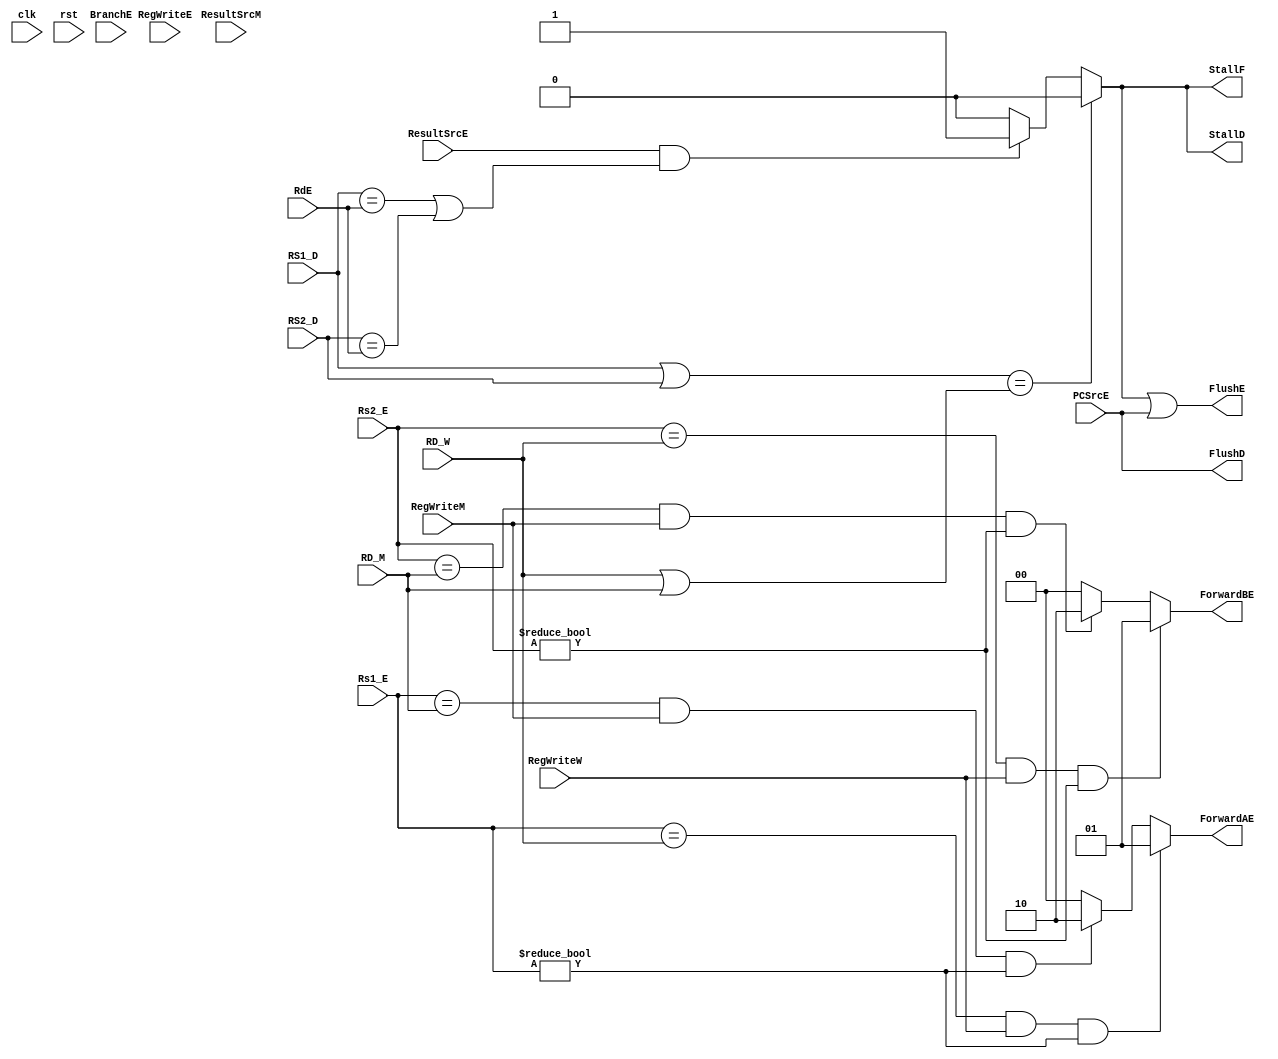
// This program was cloned from: https://github.com/theuppercaseguy/FYP--Risc-V-32-bit-Matrix-Mac
// License: GNU General Public License v3.0

`timescale 1ns/1ns

module hazard_unit (
    input clk, rst,
    input      [4:0] Rs1_E,
    input      [4:0] Rs2_E,
    input      [4:0] RD_M,
    input      [4:0] RD_W,
    input      [4:0] RS1_D,
    input      [4:0] RS2_D,
    input      [4:0] RdE,
    input            BranchE,
    
    input            ResultSrcE,
    input            ResultSrcM,
    input            RegWriteE,
    input            RegWriteM,
    input            RegWriteW,
    input            PCSrcE,
    
    output /*reg*/       StallF,
    output /*reg*/       StallD,
    output        FlushE,
    output        FlushD,
    output reg [1:0] ForwardAE,
    output reg [1:0] ForwardBE
    );
    wire lwStall, branchStall;
    
    reg [1:0] stallCount;

//        always @ (*) begin
//              if ( (RS1_D | RS2_D) == (RD_W | RD_M) ) begin
//                    lwStall = 1'b0;
//              end
//              else begin
//                    lwStall <= (ResultSrcE & ((RS1_D == RdE) | (RS2_D == RdE))) ? 1'b1 : 1'b0;
//              end
//              StallD  <= lwStall;
//              StallF  <= lwStall;
//              FlushE  <= lwStall  | (PCSrcE == 1'b1) ; 
//              FlushD  <= PCSrcE == 1'b1;
//        end
    
    
    assign branchStall = BranchE &( ( RegWriteE & ( RdE == RS1_D | RdE == RS2_D ) ) |
                                    ( ResultSrcM & ( RD_M == RS1_D | RD_M == RS2_D ) ) );
    
    assign lwStall  = ( ((RS1_D | RS2_D) == ( RD_W | RD_M) ) ) ? 1'b0 : (ResultSrcE & ((RS1_D == RdE) | (RS2_D == RdE))) ? 1'b1 : 1'b0 ;
    
    assign StallF = lwStall;
    assign StallD = lwStall;
    assign FlushD = /*lwStall*/ PCSrcE;    
    assign FlushE = lwStall | PCSrcE;

    
    
    
    always @(*) begin
        if ( ( ((Rs1_E == RD_W) & RegWriteW) & (Rs1_E != 0) ) /*| lwStall == 1'b1 */) begin
                ForwardAE = 2'b01;
        end
        else if ( (((Rs1_E == RD_M) & RegWriteM) & (Rs1_E != 0) ) /*& lwStall == 1'b1*/ ) begin
            ForwardAE = 2'b10;
        end
        else begin
            ForwardAE = 2'b00;
        end        
        
        if ( ((Rs2_E == RD_W) & RegWriteW) & (Rs2_E != 0) ) begin
                        ForwardBE = 2'b01;
        end
        else if (((Rs2_E == RD_M) & RegWriteM) & (Rs2_E != 0) ) begin
                    ForwardBE = 2'b10;
        end
        else begin
                    ForwardBE = 2'b00;
         end
    end    
    

endmodule